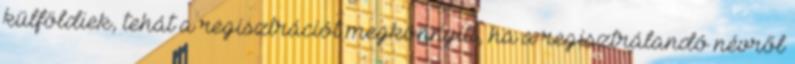
külföldiek, tehát a regisztrációt megkönnyíti, ha a regisztrálandó névről